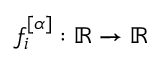
f _ { i } ^ { [ \alpha ] } : \mathbb { R } \rightarrow \mathbb { R }